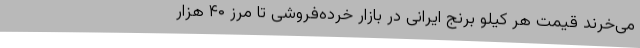
می‌خرند قیمت هر کیلو برنج ایرانی در بازار خرده‌فروشی تا مرز ۴۰ هزار